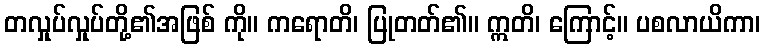
တလှုပ်လှုပ်တို့၏အဖြစ် ကို။ ကရောတိ၊ ပြုတတ်၏။ ဣတိ၊ ကြောင့်။ ပစလာယိကာ၊